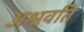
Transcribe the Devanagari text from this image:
अश्ववति